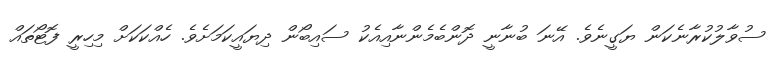
ސުވާލުކުރާނެކަން ޔަގީނެވެ. އޭނަ ބުނާނީ ދޮންބެމެންނާއިއެކު ސައިބޯން ދިޔައީކަމަށެވެ. ހެއްކަކަށް މިހިރީ ފޮޓޯތައް